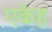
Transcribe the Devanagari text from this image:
एकेह